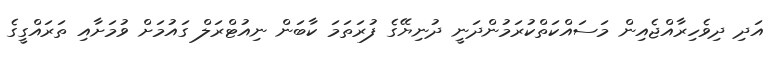
އަދި ދިވެހިރާއްޖެއިން މަސައްކަތްކުރަމުންދަނީ ދުނިޔޭގެ ފުރަތަމަ ކާބަން ނިއުޓްރަލް ގައުމަށް ވުމަށާއި ތަރައްގީގެ